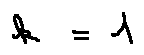
k = 1